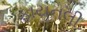
ફાયનલી